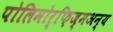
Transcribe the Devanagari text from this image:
पोलिमोर्फ़िज्मअन्य